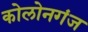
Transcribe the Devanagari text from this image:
कोलोनगंज